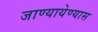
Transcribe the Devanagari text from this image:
जाण्यायेण्यास